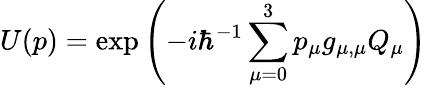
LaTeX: U(p)=\exp\left(-i\hbar^{-1}\sum_{\mu=0}^{3}p_{\mu}g_{\mu,\mu}Q_{\mu}\right)